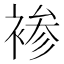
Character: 𰴂